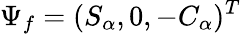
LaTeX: \Psi_{f}=(S_{\alpha},0,-C_{\alpha})^{T}